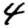
Digit: 4